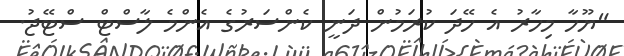
"ޔޫހާ މިހާރު އެ ހޭދަ ކުރަމުން ދަނީ ކެންސަރުގެ އެންމެ ލާސްޓް ސްޓޭޖު.